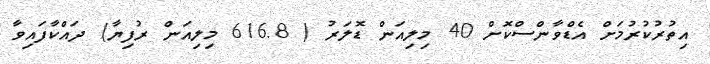
އިތުރުކުރުމަށް އެޑްވާންސްކޮށް 40 މިލިއަން ޑޮލަރު ( 616.8 މިލިއަން ރުފިޔާ) ދައްކާފައިވާ